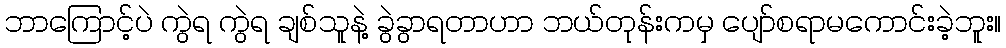
ဘာကြောင့်ပဲ ကွဲရ ကွဲရ ချစ်သူနဲ့ ခွဲခွာရတာဟာ ဘယ်တုန်းကမှ ပျော်စရာမကောင်းခဲ့ဘူး။